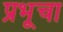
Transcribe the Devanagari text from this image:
प्रभूचा